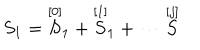
LaTeX: S _ { 1 } = \stackrel { [ 0 ] } { S } _ { 1 } + \stackrel { [ 1 ] } { S } _ { 1 } + \cdots \stackrel { [ j ] } { S }